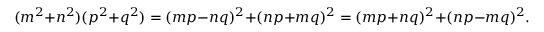
( m ^ { 2 } + n ^ { 2 } ) ( p ^ { 2 } + q ^ { 2 } ) = ( m p - n q ) ^ { 2 } + ( n p + m q ) ^ { 2 } = ( m p + n q ) ^ { 2 } + ( n p - m q ) ^ { 2 } .